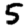
Digit: 5